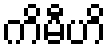
ကိမီဟိ